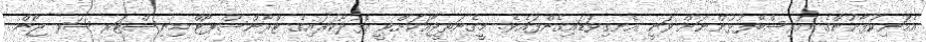
އެމަނިކުފާނުންގެ އަރިސްބޭފުޅުންނަށް ވަނީ އެނގިވަޑައިގެންފައެވެ. މީގެނަތީޖާއަކަށްވީ އޮޅުދޫކަރައިގެ ޓްރާންސްޕޯޓް މިނިސްޓަރ ސަރ ޖޯން